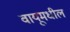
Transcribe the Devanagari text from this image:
वायूमधील